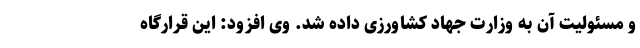
و مسئولیت آن به وزارت جهاد کشاورزی داده شد. وی افزود: این قرارگاه